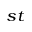
^ { s t }